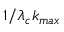
1 / \lambda _ { c } k _ { m a x }